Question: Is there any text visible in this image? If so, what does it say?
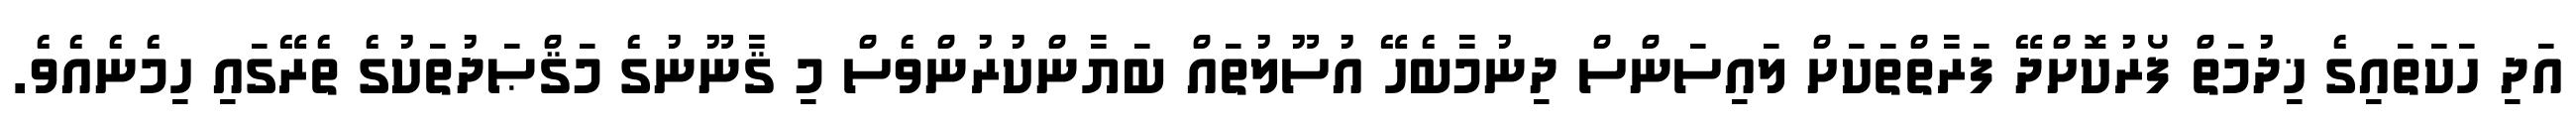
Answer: އަދި ހަކަތައިގެ ޚިދުމަތް ފޯރުކޮށްދޭ ފަރާތްތަކަށް ލައިސަންސް ދިނުމާބެހޭ އުސޫލުތައް ބަޔާންކުރުންވެސް މި ޤާނޫނުގެ މަޤްޞަދުތަކުގެ ތެރޭގައި ހިމެނެއެވެ.